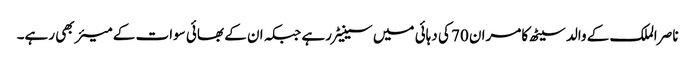
ناصر الملک کے والد سیٹھ کامران 70 کی دہائی میں سینیٹر رہے جبکہ ان کے بھائی سوات کے میئر بھی رہے۔